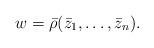
LaTeX: \begin{align*}w = \bar{\rho}(\bar{z}_1,\ldots,\bar{z}_n).\end{align*}